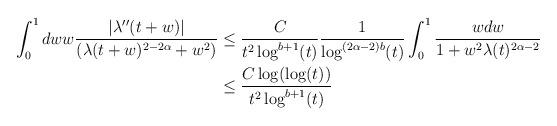
LaTeX: \begin{align*} \int_{0}^{1} dw w \frac{|\lambda''(t+w)|}{(\lambda(t+w)^{2-2\alpha}+w^{2})} &\leq \frac{C}{t^{2} \log^{b+1}(t)} \frac{1}{\log^{(2\alpha -2)b}(t)} \int_{0}^{1} \frac{w dw}{1+w^{2}\lambda(t)^{2\alpha -2}}\\&\leq \frac{C \log(\log(t))}{t^{2} \log^{b+1}(t)}\end{align*}